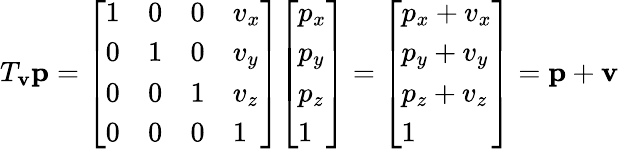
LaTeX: T_{\mathbf{v}}\mathbf{p}={\left[\begin{array}{llll}{1}&{0}&{0}&{v_{x}}\\ {0}&{1}&{0}&{v_{y}}\\ {0}&{0}&{1}&{v_{z}}\\ {0}&{0}&{0}&{1}\end{array}\right]}{\left[\begin{array}{l}{p_{x}}\\ {p_{y}}\\ {p_{z}}\\ {1}\end{array}\right]}={\left[\begin{array}{l}{p_{x}+v_{x}}\\ {p_{y}+v_{y}}\\ {p_{z}+v_{z}}\\ {1}\end{array}\right]}=\mathbf{p}+\mathbf{v}